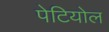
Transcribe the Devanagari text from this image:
पेटियोल